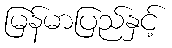
မြန်မာပြည်နှင့်